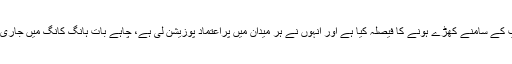
حالیہ تجارتی جنگ میں چینی صدر شی جن پنگ نے امریکی صدر ٹرمپ کے سامنے کھڑے ہونے کا فیصلہ کیا ہے اور انہوں نے ہر میدان میں پراعتماد پوزیشن لی ہے، چاہے بات ہانگ کانگ میں جاری جمہوریت پسند مظاہروں کی ہو یا تائیوان پر چین کے پرانے دعوے کی۔